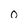
Character: 0